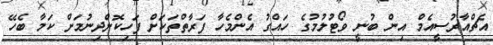
އެޗްއާރުސީއެމް އިން ބުނީ ވޯޓުލުމުގެ ހައްގު އެންމެހާ ފަރާތްތަކަށް ފަހިކޮށްދިނުމަށް ކަމާ ބެހޭ